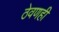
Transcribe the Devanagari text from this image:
ठेवणही